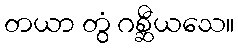
တယာ တွံ ဂစ္ဆီယသေ။